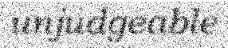
unjudgeable